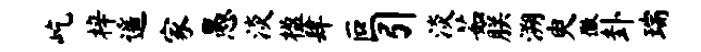
屹梓遥家愚淡楹肆叵引淡茹朕溯臾徽卦瑞